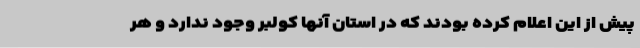
پیش از این اعلام کرده بودند که در استان آنها کولبر وجود ندارد و هر